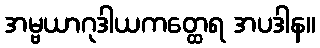
အမ္ဗယာဂုဒါယကတ္ထေရ အပဒါန။